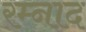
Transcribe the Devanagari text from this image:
रम्नाद